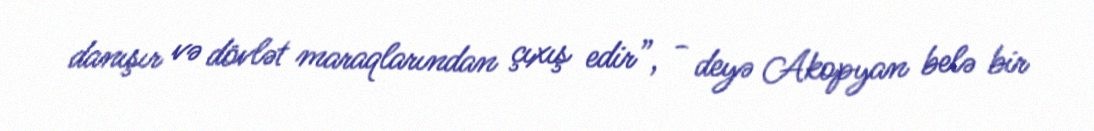
danışır və dövlət maraqlarından çıxış edir”, - deyə Akopyan belə bir